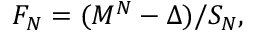
F _ { N } = ( M ^ { N } - \Delta ) / S _ { N } ,